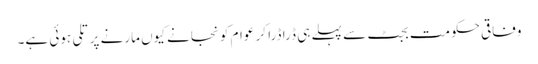
وفاقی حکومت بجٹ سے پہلے ہی ڈرا ڈرا کر عوام کو نجانے کیوں مارنے پر تلی ہوئی ہے۔